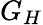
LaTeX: G_{H}